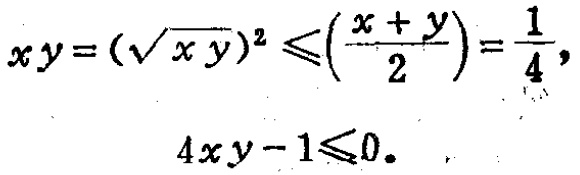
\[

\begin{align*}

xy = (\sqrt{xy})^2 &\leqslant \left(\frac{x + y}{2}\right)^2=\frac{1}{4},\\

4xy - 1 &\leqslant 0.

\end{align*}

\]